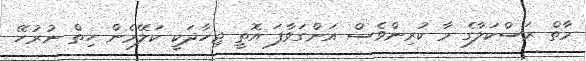
މާތް ރަސްކަލާގެެ މާ ކުރިންވެސް އަންގަވާފަ އޮތީ ޖިހާދަކީ ކަލޭމެން ހިތް ނުރުހޭ